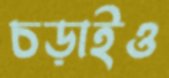
চড়াইও